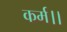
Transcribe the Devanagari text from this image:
कर्म।।